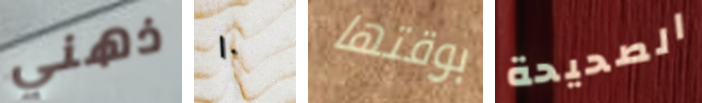
ذهني ١٠ بوقتها الصحيحة